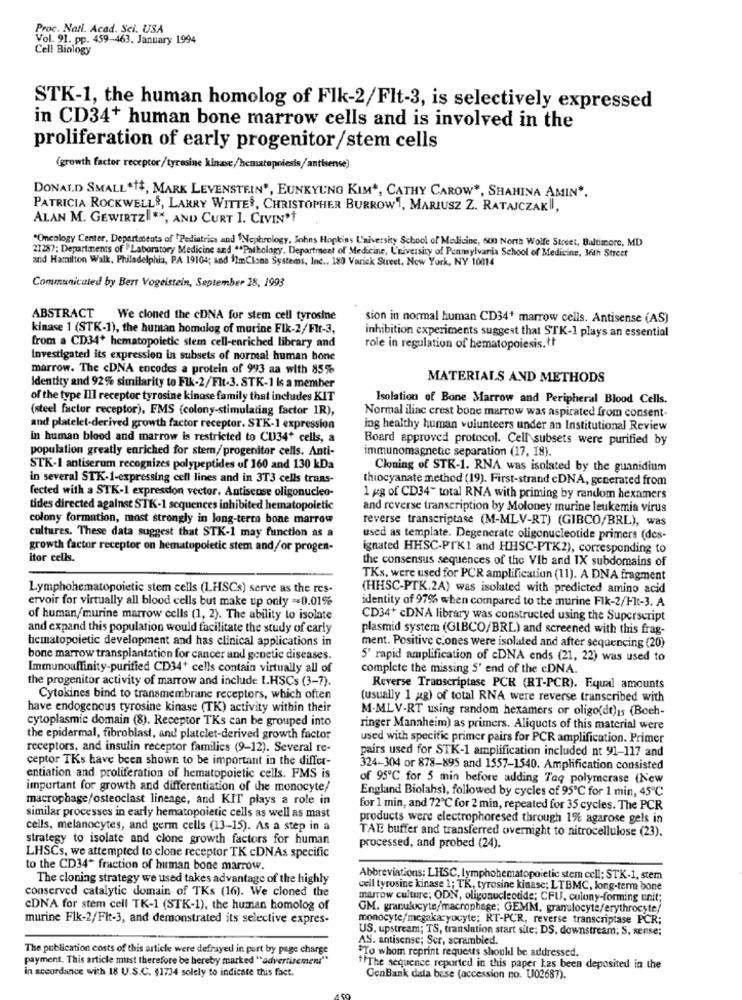
Proc. Natl. Acad. Sei. USA
Vol. 91. pp. 459-463, January 1994
Cell Biology
STK-1, the human homolog of Flk-2/Flt-3, is selectively expressed
in CD34+ human bone marrow cells and is involved in the
proliferation of early progenitor/stem cells
(growth factor receptor/tyresine kinase/hematopoiesis/antisense)
DONALD SMALL*+, MARK LEVENSTEIN', EUNKYUNG KIM", CATHY CAROW", SHAHINA AMIN".
PATRICIA ROCKWELL&, LARRY WITTES, CHRISTOPHER BURROW1, MARIUSZ Z. RATAJCZAKII,
ALAN M. GEWIRTZ ", AND CURT 1. CIVIN't
.Oncology Center, Departments of Pediatrics and Nephrology, Johns Hopkins University School of Medicine, 600 North Wolfe Street, Baltimore, MD
21287; Departments of Laboratory Medicine and ."Pathology. Department of Medicine, University of Pennsylvania School of Medicine, 36th Street
and Hamilton Walk, Philadelphia, PA 19104; and 11mClone Systems, Inc ., 180 Varick Street, New York, NY 10014
Communicated by Bert Vogelstein, September 28, 1993
ABSTRACT We cloned the cDNA for stem cell tyrosine
sion in normal human CD34+ marrow cells. Antisense (AS)
kinase 1 (STK-1), the human homolog of murine Fik-2/Flt-3,
inhibition experiments suggest that STK-1 plays an essential
from a CD34* hematopoietic stem cell-enriched library and
role in regulation of hematopoiesis.if
Investigated its expression in subsets of normal human bone
marrow. The cDNA encodes a protein of 993 aa with 85%
MATERIALS AND METHODS
Identity and 92% similarity to Fik-2/Flt-3. STK-1 Is a member
of the type III receptor tyrosine kinase family that includes KIT
Isolation of Bone Marrow and Peripheral Blood Cells.
(steel factor receptor), FMS (colony-stimulating factor 1R),
Normal iliac crest bone marrow was aspirated from consent-
and platelet-derived growth factor receptor. STK-1 expression
ing healthy human volunteers under an Institutional Review
in human blood and marrow is restricted to CD34* cells, a
Board approved protocol. Cell subsets were purified by
population greatly enriched for stern//progenitor cells. Anti-
immunomagnetic separation (17, 18).
STK-1 antiserum recognizes polypeptides of 160 and 130 kDa
Cloning of STR-1. RNA was isolated by the guanidium
in several STK-1-expressing cell lines and in 3T3 cells trans-
thiocyanate method (19). First-strand cDNA, generated from
fected with a STK-1 exprescon vector, Antiscose oligonucleo-
1 kg of CD34" total RNA with priming by random hexamers
tides directed against STK-1 sequences inhibited hematopoietic
and reverse transcription by Moloney murine leukemia virus
colony formation, most strongly in long-term bone marrow
reverse transcriptase (M-MLV-RT) (GIBCO/BRL), was
cultures. These data suggest that STK-1 may function as a
used as template. Degenerate oligonucleotide primers (dcs-
growth factor receptor on hematupoletic stem and/or progen-
ignated HHSC-PTKI and HHSC-PTK2), corresponding to
itor cells.
the consensus sequences of the VIb and IX subdomains of
TKs, were used for PCR amplificatiun (11). A DNA fragment
Lymphohematopoietic stem cells (LHSCs) serve as the res-
(HHSC-PTK.2A) was isolated with predicted amino acid
ervoir for virtually all blood cells but make up only =0.01%
identity of 97% when compared to the murine Fik-2/Flt-3. A
of human/murine marrow cells (1, 2). The ability to isolate
CD34+ cDNA library was constructed using the Superscript
and expand this population would facilitate the study of carly
plasmid system (GLBCO/BRL) and screened with this frag-
hematopoietic development and has clinical applications in
ment. Positive ciones were isolated and after sequencing (20)
bone marrow transplantation for cancer and genetic diseases.
5' rapid amplification of cDNA ends (21, 22) was used to
Immunoaffinity-purified CD34+ cells contain virtually all of
complete the missing S' end of the cDNA.
the progenitor activity of marrow and include LHSCs (3-7).
Reverse Transcriptase PCR (RT-PCR). Equal amounts
Cytokines bind to transmembrane receptors, which often
(usually 1 gg) of total RNA were reverse transcribed with
have endogenous tyrosine kinase (TK) activity within their
M.MLV-RT using random hexamers or oligo(dt)1s (Boeh-
cytoplasmic domain (8). Receptor TKs can be grouped into
ringer Mannheim) as primers. Aliquots of this material were
the epidermal, fibroblast, and platelet-derived growth factor
used with specific primer pairs for PCR amplification. Primer
receptors, and insulin receptor families (9-12). Several re-
pairs used for STK-1 amplification included nt 91-117 and
ceptor TKs have been shown to be important in the differ-
324-304 or 878-895 and 1557-1540. Amplification consisted
entiation and proliferation of hematopoietic cells. FMS is
of 95℃ for 5 min before adding Taq polymerase (New
important for growth and differentiation of the monocyte/
England Biolahsì, followed by cycles of 95℃ for 1 min, 45℃
macrophage/osteoclast lineage, and KIT plays a role in
for 1 min, and 72℃ for 2 min, repeated for 35 cycles. The PCR
similar processes in early hematopoietic cells as well as mast
products were electrophoresed through 1% agarose gels in
cells, melanocytes, and germ cells (13-15). As a step in a
TAE buffer and transferred overnight to nitrocellulose (23).
strategy to isolate and clone growth factors for human
processed, and probed (24).
LHSCs, we attempted to clone receptor TK cDNAs specific
to the CD34* fraction of human bone marrow.
The cloning strategy we used takes advantage of the highly
Abbreviations: LHSC, lymphohematopoietic stem cell; STK-1, stem
conserved catalytic domain of TKs (16). We cloned the
cell tyrosine kinase 1; TK, tyrosine kinase; LTBMC, long-term bone
marrow culture; ODN, oligonucleotide; CFU, colony-forming unit;
CDNA for stem cell TK-1 (STK-1), the human homolog of
GM, granulocyte/macrophage; GEMM, granulocyte/erythrocyte/
murine Flk-2/Fit-3, and demonstrated its selective expres-
monocyte/megakaryocyte; RT-PCR, reverse transcriptase PCR;
US. upstream; TS, translation start site; DS. downstream; S. sense;
AS. antisense; Ser, scrambled.
The publication costs of this article were defrayed in part by page charge
*To whom reprint requests should be addressed.
payment. This article must therefore be hereby marked "advertisement"
in accordance with 18 U.S.C. $1734 solely to indicate this fact.
" The sequence reported in this paper Las been deposited in the
GenBank data bese (accession no. U02687).